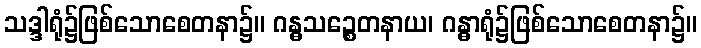
သဒ္ဒါရုံ၌ဖြစ်သောစေတနာ၌။ ဂန္ဓသဉ္စေတနာယ၊ ဂန္ဓာရုံ၌ဖြစ်သောစေတနာ၌။